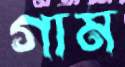
গাম